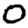
Digit: 0